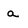
Character: a